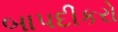
બાપદીકરો